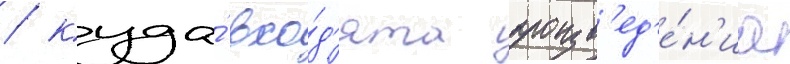
/ куда́ вхо́д'ят произв'ед'е́н'иа